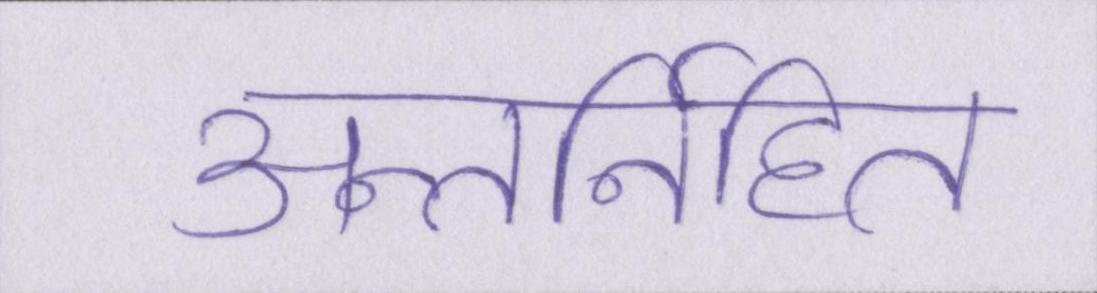
अन्तर्निहित